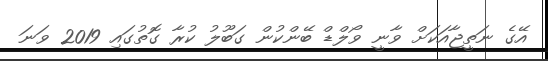
އޭގެ ނަތީޖާއަކަށް ވާނީ ވޯލްޑް ބޭންކުން ގަބޫލު ކުރާ ގޮތުގައި 2019 ވަނަ